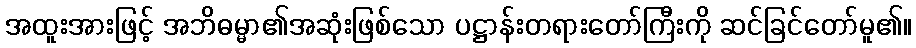
အထူးအားဖြင့် အဘိဓမ္မာ၏အဆုံးဖြစ်သော ပဋ္ဌာန်းတရားတော်ကြီးကို ဆင်ခြင်တော်မူ၏။